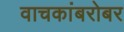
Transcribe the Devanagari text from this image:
वाचकांबरोबर